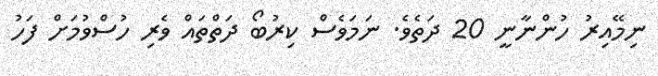
ނިމޭއިރު ހުންނާނީ 20 ދަތެވެ. ނަމަވެސް ކިރުބޯ ދަތްތައް ވެރި ހުސްވުމަށް ފަހު